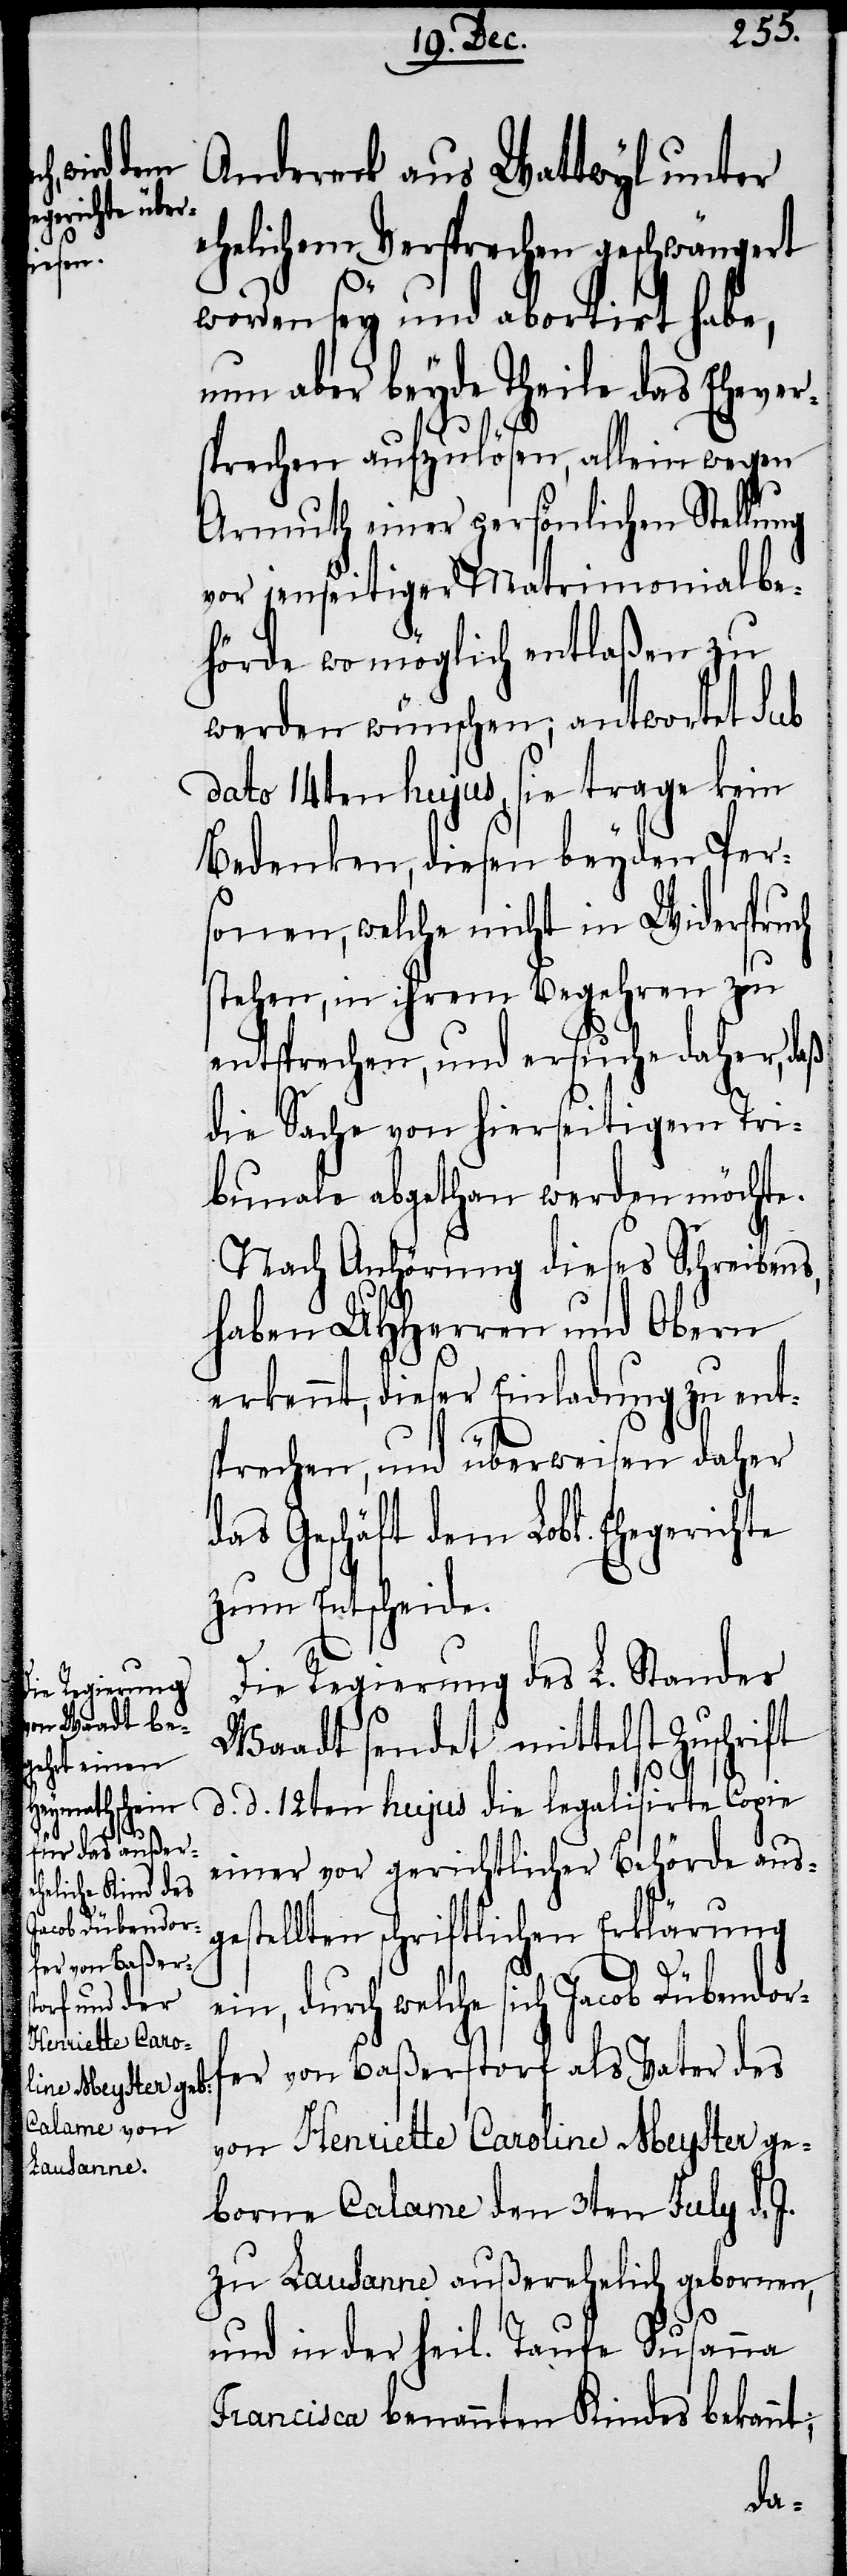
r¬

Andereck aus Wattwyl unter
ehelichem Versprechen geschwängert
worden sey und abortirt habe,
un aber beyde Theile das Eheve¬
sprechen aufzulösen, allein wegen
Armuth einer persönlichen Stellung
vor jenseitiger Matrimonialbe¬
hörde wo möglich entlaßen zu
werden wünschen; antwortet sub
dato 14ten hujus, sie trage kein
Bedenken, diesen beyden Per¬
sonen, welche nicht in Widerspruch
stehen, in ihrem Begehren zu
entsprechen, und ersuche daher, daß
die Sache von hierseitigem Tri¬
bunale abgethan werden möchte.
Nach Anhörung dieses Schreibens
haben UHHerren und Obern
erkennt, dieser Einladung zu ent¬
sprechen, und überweisen daher
das Geschäft dem Lobl. Ehegerichte
zum Entscheide.
Die Regierung des L. Standes
Waadt sendet mittelst Zuschrift
d. d. 12ten hujus die legalisirte Copie
einer vor gerichtlicher Behörde ausg¬
estellten schriftlichen Erklärung
ein, durch welche sich Jacob Dübendorf¬
er von Baßerstorf als Vater des
von Henriette Caroline Meyster ge¬
borne Calame den 3ten July d. J.
zu Lausanne außerehelich gebornen,
und in der heil. Taufe Susanna
Francisca benannten Kindes bekannt;